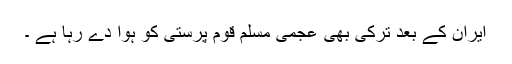
ایران کے بعد ترکی بھی عجمی مسلم قوم پرستی کو ہوا دے رہا ہے ۔